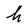
Character: h